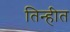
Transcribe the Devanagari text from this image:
तिन्हीत